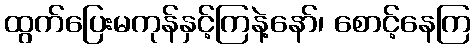
ထွက်ပြေးမကုန်နှင့်ကြနဲ့နော်၊ စောင့်နေကြ